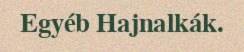
Egyéb Hajnalkák.